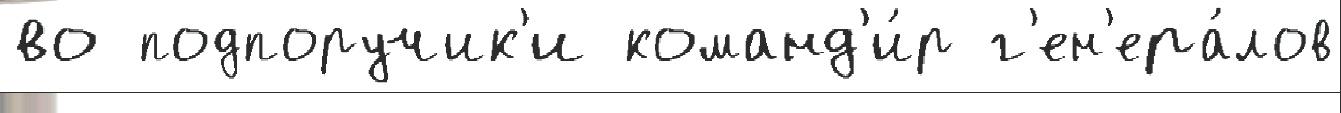
во подпоручик'и команд'и́р г'ен'ера́лов